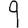
Digit: 9